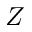
Z